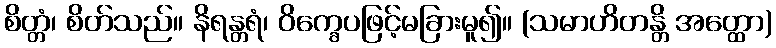
စိတ္တံ၊ စိတ်သည်။ နိရန္တရံ၊ ဝိက္ခေပဖြင့်မခြားမူ၍။ (သမာဟိတန္တိ အတ္ထော)